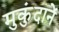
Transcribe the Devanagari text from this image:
मुकुंदानें